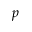
p